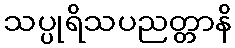
သပ္ပုရိသပညတ္တာနိ